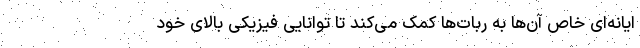
ایانه‌ای خاص آن‌ها به ربات‌ها کمک می‌کند تا توانایی فیزیکی بالای خود